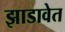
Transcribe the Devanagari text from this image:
झाडावेत